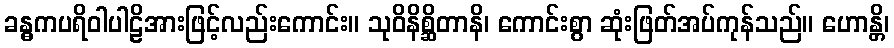
ခန္ဓကပရိဝါပါဠိအားဖြင့်လည်းကောင်း။ သုဝိနိစ္ဆိတာနိ၊ ကောင်းစွာ ဆုံးဖြတ်အပ်ကုန်သည်။ ဟောန္တိ၊